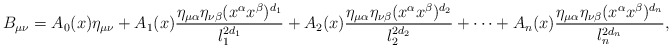
\begin{align*} B_{\mu\nu}=A_0(x)\eta_{\mu\nu}+A_1(x)\frac{\eta_{\mu\alpha}\eta_{\nu\beta}(x^\alpha x^\beta)^{d_1}}{l_1^{2d_1}}+A_2(x)\frac{\eta_{\mu\alpha}\eta_{\nu\beta}(x^\alpha x^\beta)^{d_2}}{l_2^{2d_2}} +\cdots +A_n(x)\frac{\eta_{\mu\alpha}\eta_{\nu\beta}(x^\alpha x^\beta)^{d_n}}{l_n^{2d_n}},\end{align*}